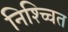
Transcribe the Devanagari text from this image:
निश्च्चित